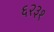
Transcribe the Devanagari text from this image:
६२३१